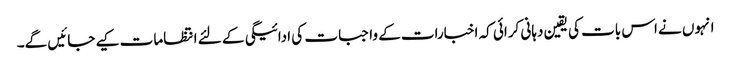
انہوں نے اس بات کی یقین دہانی کرائی کہ اخبارات کے واجبات کی ادائیگی کے لئے انتظامات کیے جائیں گے۔